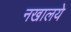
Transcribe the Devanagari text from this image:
नखालये